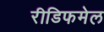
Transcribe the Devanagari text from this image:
रीडिफमेल